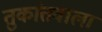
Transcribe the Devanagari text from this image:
तुकांतवाला